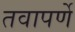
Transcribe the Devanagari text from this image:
तवापर्णे